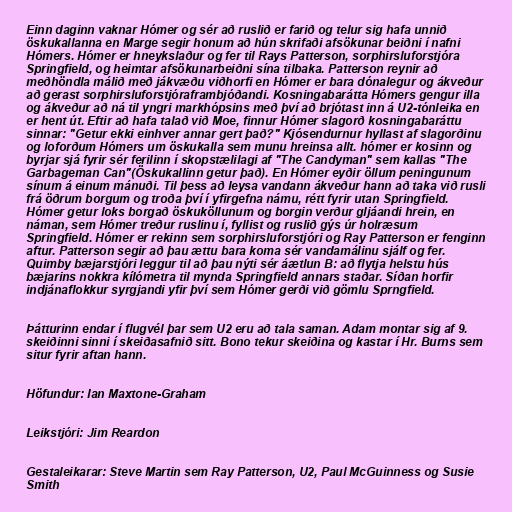
Einn daginn vaknar Hómer og sér að ruslið er farið og telur sig hafa unnið
öskukallanna en Marge segir honum að hún skrifaði afsökunar beiðni í nafni
Hómers. Hómer er hneykslaður og fer til Rays Patterson, sorphirsluforstjóra
Springfield, og heimtar afsökunarbeiðni sína tilbaka. Patterson reynir að
meðhöndla málið með jákvæðu viðhorfi en Hómer er bara dónalegur og ákveður
að gerast sorphirsluforstjóraframbjóðandi. Kosningabarátta Hómers gengur illa
og ákveður að ná til yngri markhópsins með því að brjótast inn á U2-tónleika en
er hent út. Eftir að hafa talað við Moe, finnur Hómer slagorð kosningabaráttu
sinnar: "Getur ekki einhver annar gert það?" Kjósendurnur hyllast af slagorðinu
og loforðum Hómers um öskukalla sem munu hreinsa allt. hómer er kosinn og
byrjar sjá fyrir sér ferilinn í skopstælilagi af "The Candyman" sem kallas "The
Garbageman Can"(Öskukallinn getur það). En Hómer eyðir öllum peningunum
sínum á einum mánuði. Til þess að leysa vandann ákveður hann að taka við rusli
frá öðrum borgum og troða því í yfirgefna námu, rétt fyrir utan Springfield.
Hómer getur loks borgað öskuköllunum og borgin verður gljáandi hrein, en
náman, sem Hómer treður ruslinu í, fyllist og ruslið gýs úr holræsum
Springfield. Hómer er rekinn sem sorphirsluforstjóri og Ray Patterson er fenginn
aftur. Patterson segir að þau ættu bara koma sér vandamálinu sjálf og fer.
Quimby bæjarstjóri leggur til að þau nýti sér áætlun B: að flytja helstu hús
bæjarins nokkra kílómetra til mynda Springfield annars staðar. Síðan horfir
indjánaflokkur syrgjandi yfir því sem Hómer gerði við gömlu Sprngfield.

Þátturinn endar í flugvél þar sem U2 eru að tala saman. Adam montar sig af 9.
skeiðinni sinni í skeiðasafnið sitt. Bono tekur skeiðina og kastar í Hr. Burns sem
situr fyrir aftan hann.

Höfundur: Ian Maxtone-Graham

Leikstjóri: Jim Reardon

Gestaleikarar: Steve Martin sem Ray Patterson, U2, Paul McGuinness og Susie
Smith